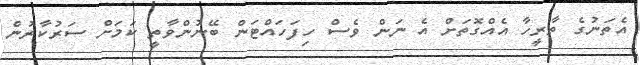
އެތަނުގެ ތާރީހާ އެއްގޮތަށް އެ ނަން ވެސް ހިފަހައްޓަން ބޭނުންވާތީ ކަމަށް ސަރުކާރުން